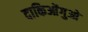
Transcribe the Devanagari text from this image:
दाकिओंगुओ